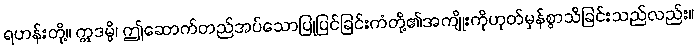
ရဟန်းတို့။ ဣဒမ္ပိ၊ ဤဆောက်တည်အပ်သောပြုပြင်ခြင်းကံတို့၏အကျိုးကိုဟုတ်မှန်စွာသိခြင်းသည်လည်း။